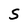
Character: S